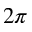
2 \pi